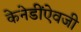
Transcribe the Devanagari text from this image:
केनेडींऐवजी